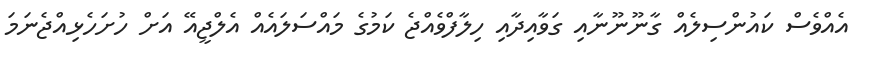
އެއްވެސް ކައުންސިލެއް ގާނޫނޫނާއި ގަވާއިދާއި ހިލާފްވެއްޖެ ކަމުގެ މައްސަލައެއް އެލްޖީއޭ އަށް ހުށަހެޅިއްޖެނަމަ